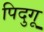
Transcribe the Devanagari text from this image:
पिदुगू